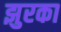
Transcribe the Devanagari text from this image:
झुरका